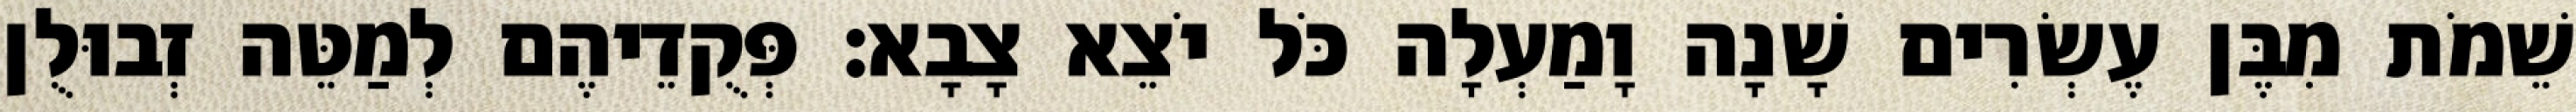
שֵׁמֹת מִבֶּן עֶשְׂרִים שָׁנָה וָמַעְלָה כֹּל יֹצֵא צָבָא׃ פְּקֻדֵיהֶם לְמַטֵּה זְבוּלֻן